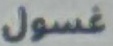
غسول